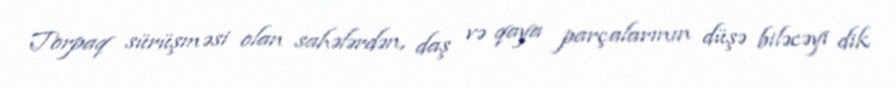
Torpaq sürüşməsi olan sahələrdən, daş və qaya parçalarının düşə biləcəyi dik